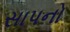
સાપનો